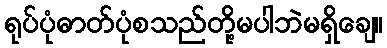
ရုပ်ပုံဓာတ်ပုံစသည်တို့မပါဘဲမရှိချေ။